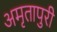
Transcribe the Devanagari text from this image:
अमृतापुरी